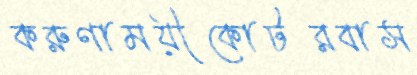
করুণাময়ীকোটরবাস